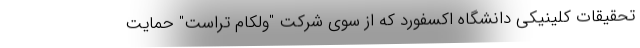
تحقیقات کلینیکی دانشگاه اکسفورد که از سوی شرکت "ولکام تراست" حمایت